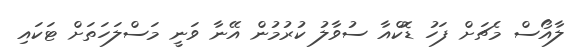
ލާއޯސް މެޗަށް ފަހު ޑޮކްއާ ސުވާލު ކުރުމުން އޭނާ ވަނީ މަސްލަހަތަށް ޓަކައި